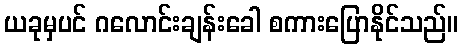
ယခုမှပင် ဂလောင်းချန်းခေါ စကားပြောနိုင်သည်။